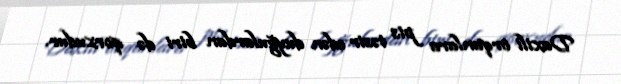
Daxili orqanlara pis təsir edən duyğulardan biri də qorxudur.